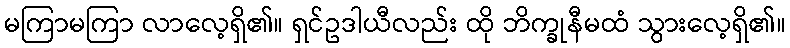
မကြာမကြာ လာလေ့ရှိ၏။ ရှင်ဥဒါယီလည်း ထို ဘိက္ခုနီမထံ သွားလေ့ရှိ၏။